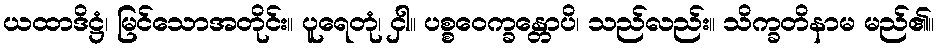
ယထာဒိဋ္ဌံ၊ မြင်သောအတိုင်း။ ပူရေတုံ၊ ငှါ။ ပစ္စဝေက္ခန္တောပိ၊ သည်လည်း။ သိက္ခတိနာမ မည်၏။